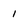
Character: 1